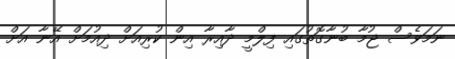
ނަމަވެސް ޖުމާ ބުނާގޮތުގައި ފިލްމީ ދާއިރާ އިން ކުރިއަށް ދިއުމަށް އޭނާ އަށް